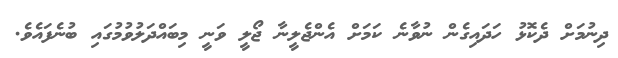
ދިނުމަށް ދެކޮޅު ހަދައިގެން ނުވާނެ ކަމަށް އެންޖެލީނާ ޖޯލީ ވަނީ މިބައްދަލުވުމުގައި ބުނެފައެވެ.